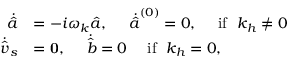
\begin{array} { r l } { \dot { \hat { a } } } & { = - i \omega _ { \boldsymbol { k } } \hat { a } , ~ ~ ~ ~ \dot { \hat { a } } ^ { ( 0 ) } = 0 , ~ ~ ~ ~ \mathrm { i f } ~ ~ k _ { h } \neq 0 } \\ { \dot { \hat { \boldsymbol { v } } } _ { s } } & { = \mathbf { 0 } , ~ ~ ~ ~ \dot { \hat { b } } = 0 ~ ~ ~ ~ \mathrm { i f } ~ ~ k _ { h } = 0 , } \end{array}